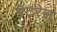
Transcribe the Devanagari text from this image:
मॅटरेल